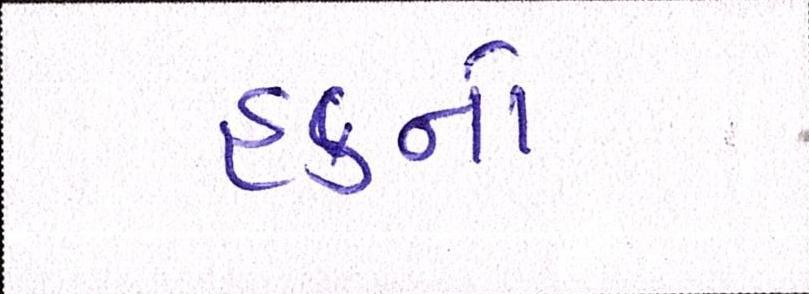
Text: હકનો